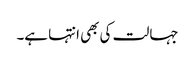
جہالت کی بھی انتہا ہے۔